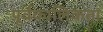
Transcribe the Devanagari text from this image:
पूर्वकालिकता